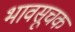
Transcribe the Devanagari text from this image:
भावसूचक